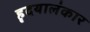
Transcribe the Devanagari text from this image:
हृदयालंकार